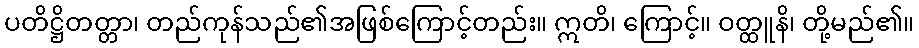
ပတိဋ္ဌိတတ္တာ၊ တည်ကုန်သည်၏အဖြစ်ကြောင့်တည်း။ ဣတိ၊ ကြောင့်။ ဝတ္ထူနိ၊ တို့မည်၏။